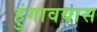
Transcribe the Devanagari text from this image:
हुंगावयास